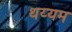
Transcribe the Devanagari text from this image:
थय्यम